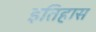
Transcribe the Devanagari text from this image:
इतिहास